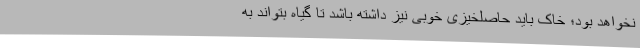
نخواهد بود؛ خاک باید حاصلخیزی خوبی نیز داشته باشد تا گیاه بتواند به